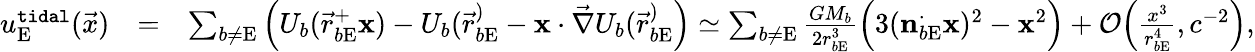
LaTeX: \begin{array}{rlr}{u_{\mathrm{E}}^{\tt tidal}(\vec{x})}&{=}&{\sum_{b\not=\mathrm{E}}\Big(U_{b}({\vec{r}}_{b\mathrm{E}}^+\boldsymbol{\mathrm{x}})-U_{b}({\vec{r}}_{b\mathrm{E}}^)-\boldsymbol{\mathrm{x}}\cdot{\vec{\nabla}}U_{b}({\vec{r}}_{b\mathrm{E}}^)\Big)\simeq\sum_{b\not=\mathrm{E}}\frac{GM_{b}}{2r_{b\mathrm{E}}^{3}}\Big(3(\boldsymbol{\mathrm{n}}_{b\mathrm{E}}^\cdot\boldsymbol{\mathrm{x}})^{2}-\boldsymbol{\mathrm{x}}^{2}\Big)+{\cal O}\Big(\frac{x^{3}}{r_{b\mathrm{E}}^{4}},c^{-2}\Big),}\end{array}